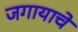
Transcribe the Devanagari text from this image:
जगायाचे